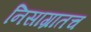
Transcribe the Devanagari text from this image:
निसाग्रातच